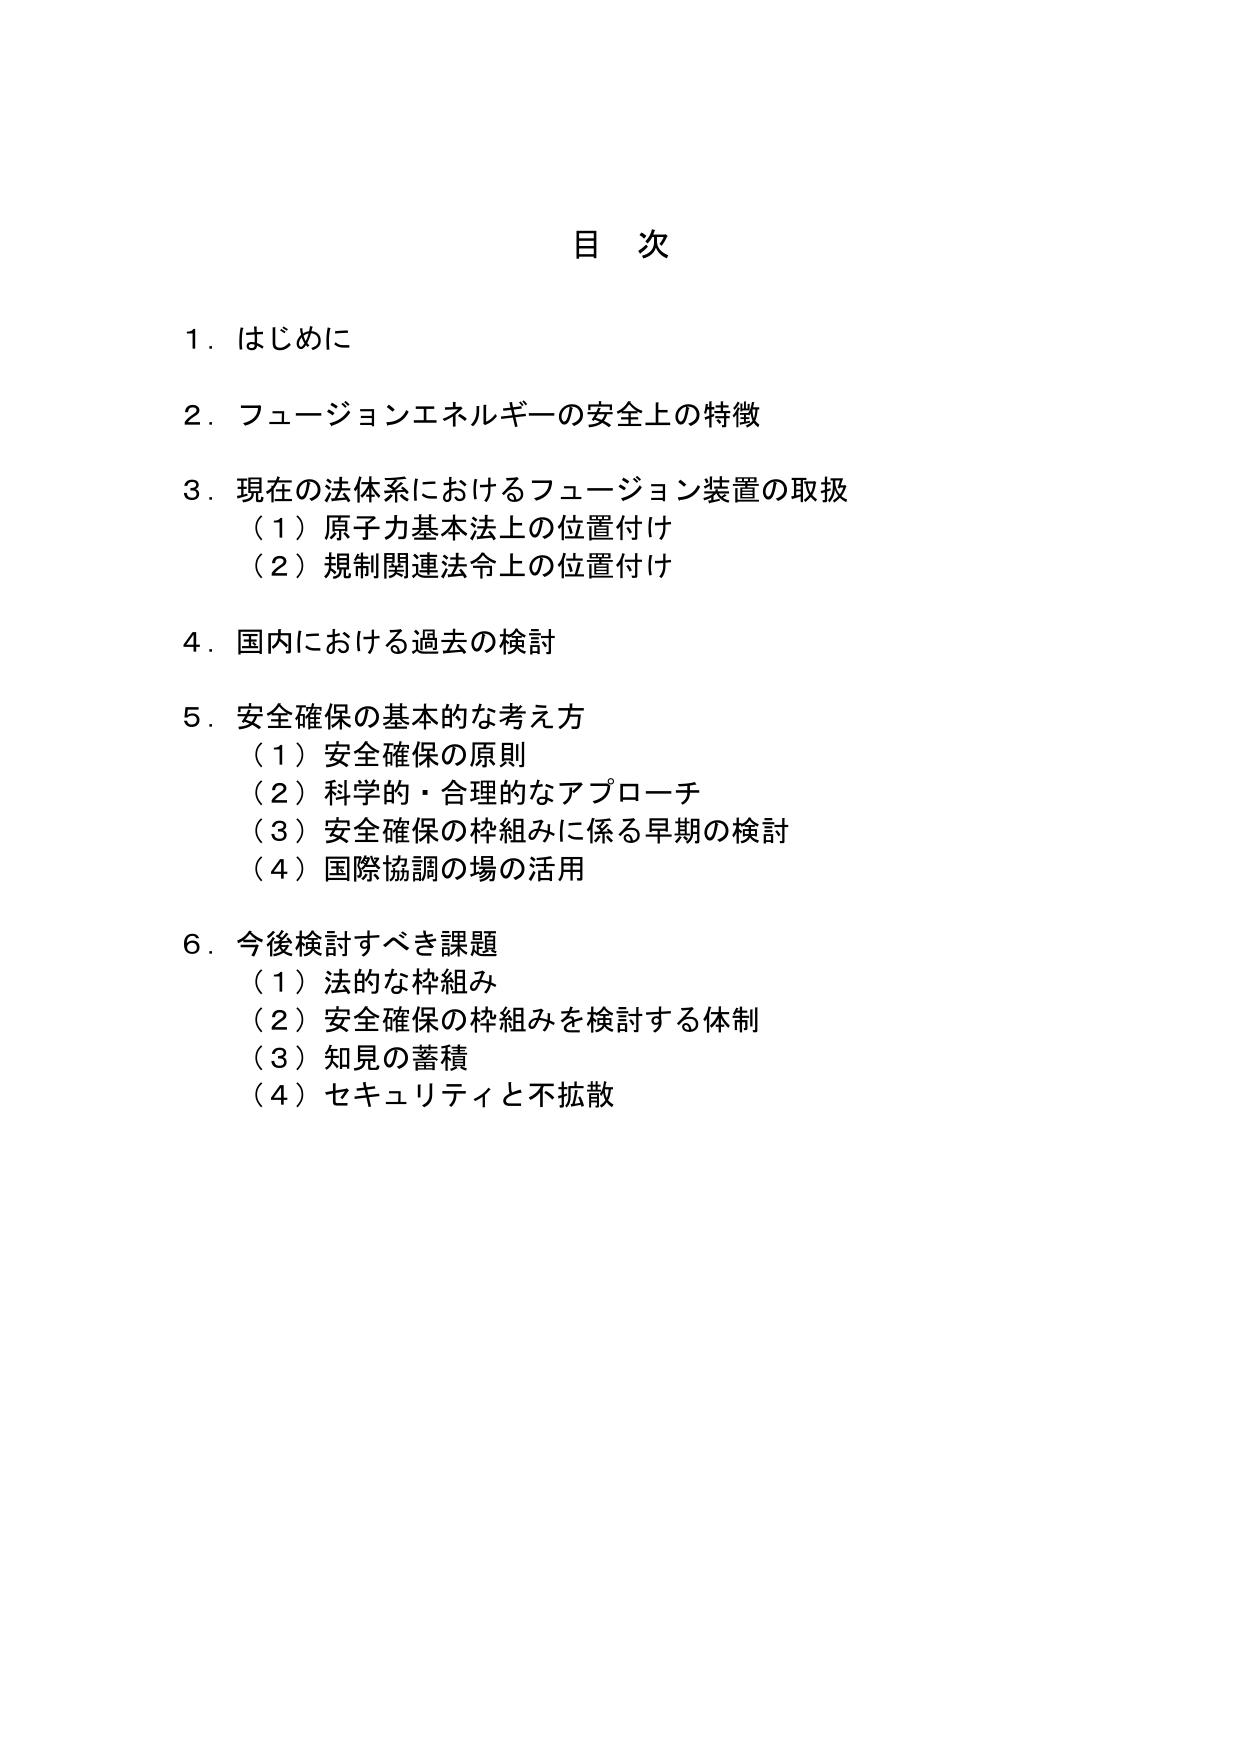
目 次

1. はじめに

2. フュージョンエネルギーの安全上の特徴

3. 現在の法体系におけるフュージョン装置の取扱
（1）原子力基本法上の位置付け
（2）規制関連法令上の位置付け

4. 国内における過去の検討

5. 安全確保の基本的な考え方
（1）安全確保の原則
（2）科学的・合理的なアプローチ
（3）安全確保の枠組みに係る早期の検討
（4）国際協調の場の活用

6. 今後検討すべき課題
（1）法的な枠組み
（2）安全確保の枠組みを検討する体制
（3）知見の蓄積
（4）セキュリティと不拡散